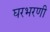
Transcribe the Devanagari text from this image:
घरभरणी